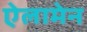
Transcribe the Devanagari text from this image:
ऐलामेन